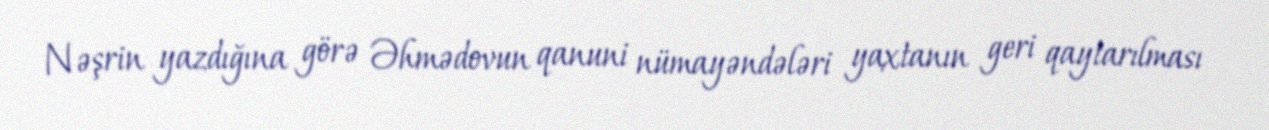
Nəşrin yazdığına görə Əhmədovun qanuni nümayəndələri yaxtanın geri qaytarılması